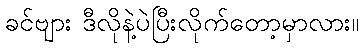
ခင်ဗျား ဒီလိုနဲ့ပဲပြီးလိုက်တော့မှာလား။